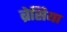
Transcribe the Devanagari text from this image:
ब्रेसिया